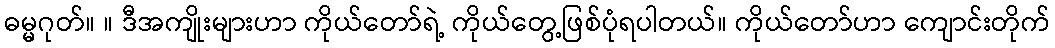
ဓမ္မဂုတ်။ ။ ဒီအကျိုးများဟာ ကိုယ်တော်ရဲ့ ကိုယ်တွေ့ဖြစ်ပုံရပါတယ်။ ကိုယ်တော်ဟာ ကျောင်းတိုက်